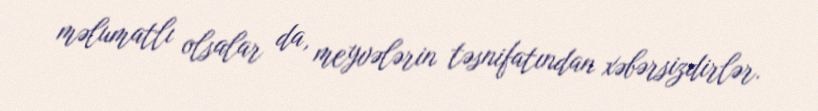
məlumatlı olsalar da, meyvələrin təsnifatından xəbərsizdirlər.